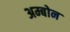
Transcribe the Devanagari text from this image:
अम्बोन